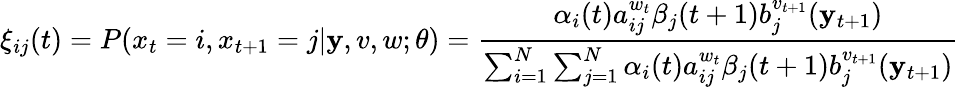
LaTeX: \xi_{ij}(t)=P(x_{t}=i,x_{t+1}=j|\mathbf{y},v,w;\theta)={\frac{{\alpha_{i}(t)a_{ij}^{w_{t}}\beta_{j}(t+1)b_{j}^{v_{t+1}}(\mathbf{y}_{t+1})}}{{\sum_{i=1}^{N}\sum_{j=1}^{N}\alpha_{i}(t)a_{ij}^{w_{t}}\beta_{j}(t+1)b_{j}^{v_{t+1}}(\mathbf{y}_{t+1})}}}